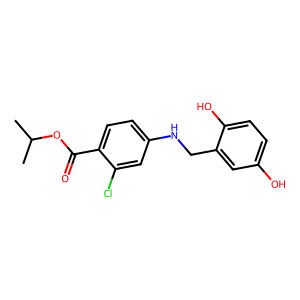
SMILES: CC(C)OC(=O)c1ccc(NCc2cc(O)ccc2O)cc1Cl
Inhibits HIV replication: No